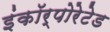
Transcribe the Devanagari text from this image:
इंकॉर्पोरेटेड